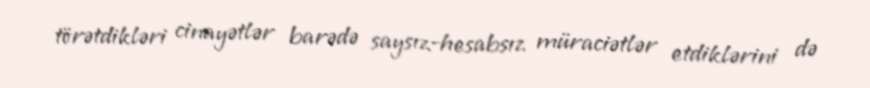
törətdikləri cinayətlər barədə saysız-hesabsız müraciətlər etdiklərini də